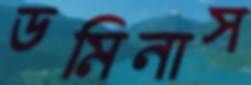
ডমিনাস